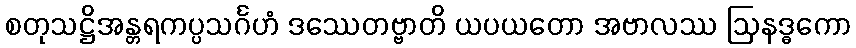
စတုသဋ္ဌိအန္တရကပ္ပသင်္ဂဟံ ဒဿေတဗ္ဗာတိ ယပယတော အဗာလဿ ဩနဒ္ဓကော